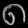
Digit: ၈